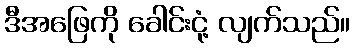
ဒီအဖြေကို ခေါင်းငုံ့ လျက်သည်။